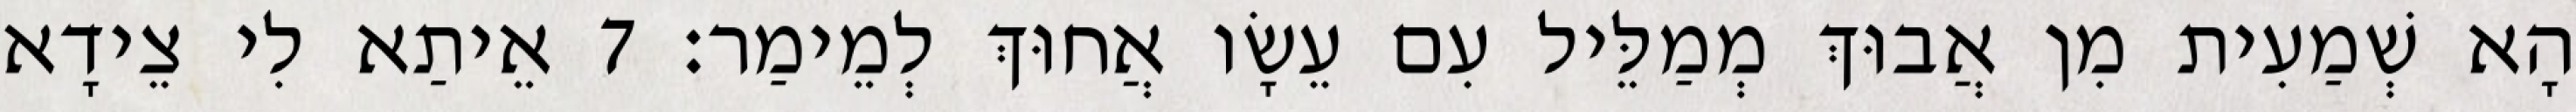
הָא שְׁמַעִית מִן אֲבוּךְ מְמַלֵּיל עִם עֵשָׂו אֲחוּךְ לְמֵימַר׃ 7 אֵיתַא לִי צֵידָא